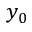
y _ { 0 }